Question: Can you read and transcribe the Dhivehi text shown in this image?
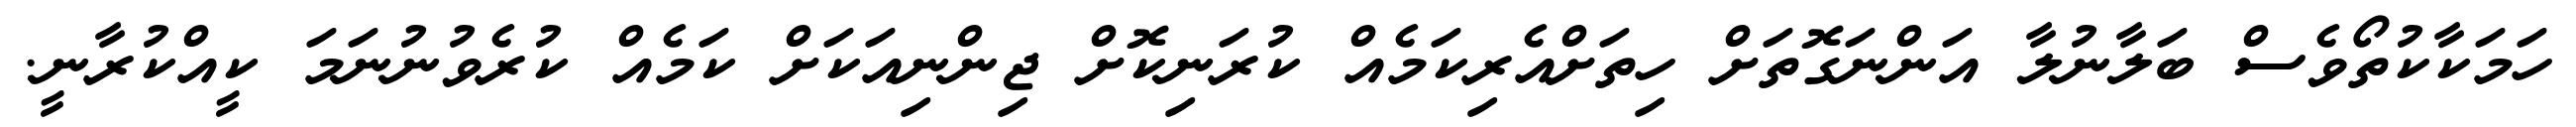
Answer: ހަމަކާކުތޯވެސް ބަލާނުލާ އަންނަގޮތަށް ހިތަށްއެރިކަމެއް ކުރަނިކޮށް ޖިންނިއަކަށް ކަމެއް ކުރެވުނުނަމަ ކީއްކުރާނީ.